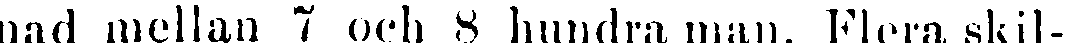
nad mellan 7 och 8 hundra man. Flera skil-